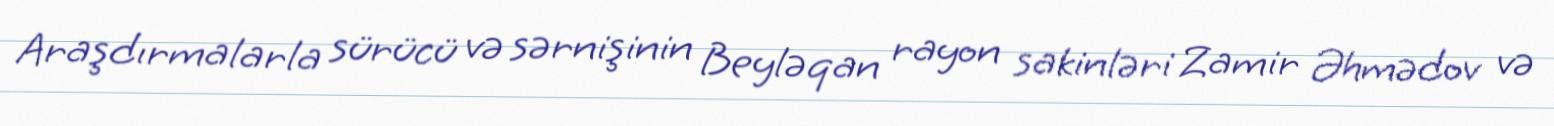
Araşdırmalarla sürücü və sərnişinin Beyləqan rayon sakinləri Zamir Əhmədov və